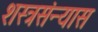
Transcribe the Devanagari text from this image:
शस्त्रसंन्यास